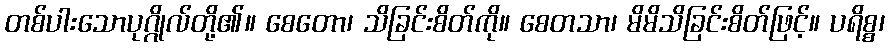
တစ်ပါးသောပုဂ္ဂိုလ်တို့၏။ စေတော၊ သိခြင်းစိတ်ကို။ စေတသာ၊ မိမိသိခြင်းစိတ်ဖြင့်။ ပရိစ္စ၊